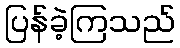
ပြန်ခဲ့ကြသည်